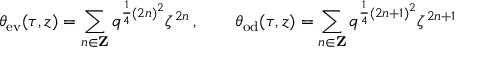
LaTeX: \theta _ { \mathrm { e v } } ( \tau , z ) = \sum _ { n \in { \bf Z } } q ^ { \frac { 1 } { 4 } ( 2 n ) ^ { 2 } } \zeta ^ { 2 n } \, , \qquad \theta _ { \mathrm { o d } } ( \tau , z ) = \sum _ { n \in { \bf Z } } q ^ { \frac { 1 } { 4 } ( 2 n + 1 ) ^ { 2 } } \zeta ^ { 2 n + 1 }